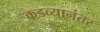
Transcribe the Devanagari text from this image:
कडव्यानंतर